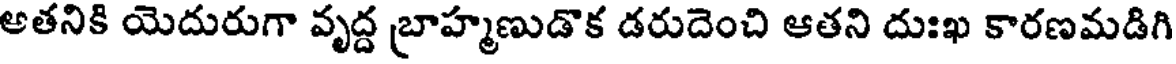
అతనికి యెదురుగా వృద్ద బ్రాహ్మణుడొక డరుదెంచి ఆతని దుఃఖ కారణమడిగి